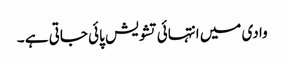
وادی میں انتہائی تشویش پائی جاتی ہے ۔